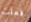
فعلت